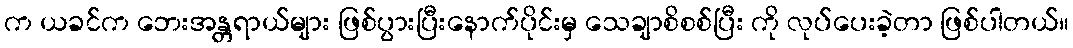
က ယခင်က ဘေးအန္တရာယ်များ ဖြစ်ပွားပြီးနောက်ပိုင်းမှ သေချာစိစစ်ပြီး ကို လုပ်ပေးခဲ့တာ ဖြစ်ပါတယ်။